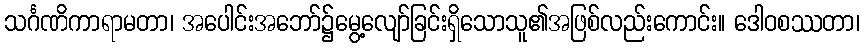
သင်္ဂဏိကာရာမတာ၊ အပေါင်းအဘော်၌မွေ့လျော်ခြင်းရှိသောသူ၏အဖြစ်လည်းကောင်း။ ဒေါဝစဿတာ၊